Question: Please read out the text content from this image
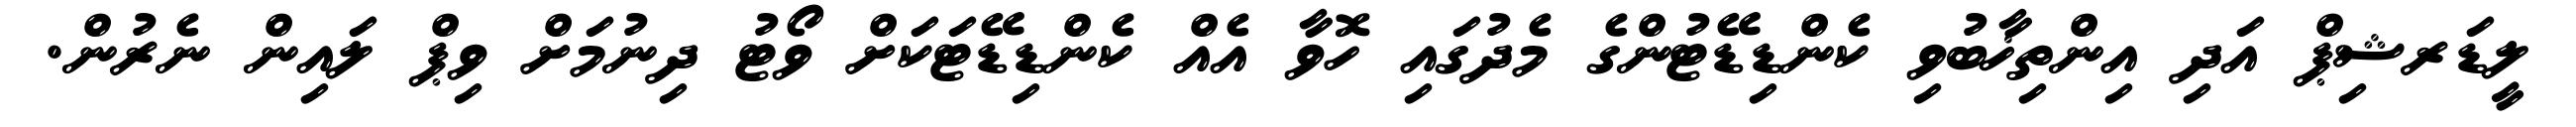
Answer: ލީޑަރޝިޕް އަދި އިންތިޚާބުވި ކެންޑިޑޭޓުންގެ މެދުގައި ހޮވާ އެއް ކެންޑިޑޭޓަކަށް ވޯޓު ދިނުމަށް ވިޕް ލައިން ނެރުން.